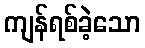
ကျန်ရစ်ခဲ့သော